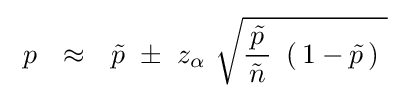
\ p~~\approx ~~{\tilde {p}}~\pm ~z_{\alpha }\ {\sqrt {{\frac {\!\ {\tilde {p}}\!\ }{\tilde {n}}}\ \left(\!\ 1-{\tilde {p}}\!\ \right)~}}